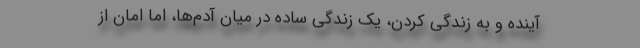
آینده و به زندگی کردن، یک زندگی ساده در میان آدم‌ها، اما امان از